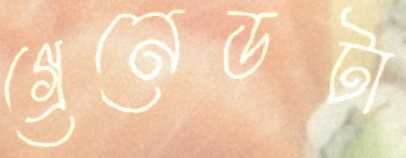
গ্রেনেডটা